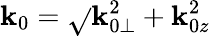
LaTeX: \mathbf{k}_{0}=\sqrt{}{{\mathbf{k}_{0\perp}^{2}+\mathbf{k}_{0z}^{2}}}